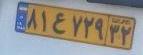
۸۱ع۷۲۹۳۲